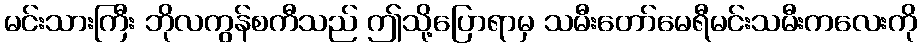
မင်းသားကြီး ဘိုလကွန်စကီသည် ဤသို့ပြောရာမှ သမီးတော်မေရီမင်းသမီးကလေးကို